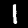
Label: 1